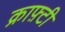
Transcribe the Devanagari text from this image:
क्राफ़्टी